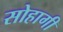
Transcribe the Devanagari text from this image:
सोहागी